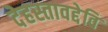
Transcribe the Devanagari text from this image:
देहस्तावद्देवि